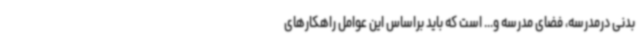
بدنی درمدرسه، فضای مدرسه و... است که باید براساس این عوامل راهکارهای